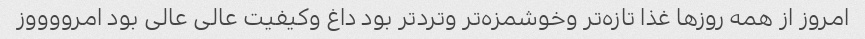
امروز‌ از همه روزها غذا تازه‌تر و‌خوشمزه‌تر و‌تردتر بود داغ و‌کیفیت عالی عالی بود امرووووز